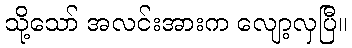
သို့သော် အလင်းအားက လျော့လှပြီ။